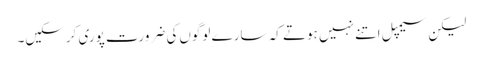
لیکن سیمپل اتنے نہیں ہوتے کہ سارے لوگوں‌کی ضرورت پوری کرسکیں۔